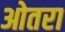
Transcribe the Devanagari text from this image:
ओतरा